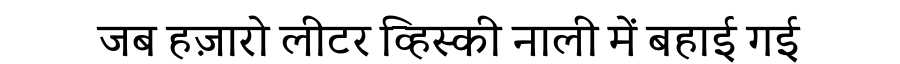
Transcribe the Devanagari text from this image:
जब हज़ारो लीटर व्हिस्की नाली में बहाई गई